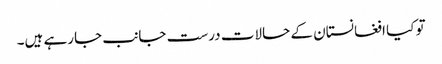
تو کیا افغانستان کے حالات درست جانب جارہے ہیں۔